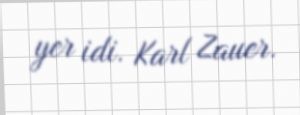
yer idi. Karl Zauer.